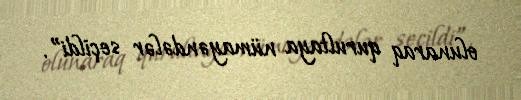
olunaraq qurultaya nümayəndələr seçildi”.